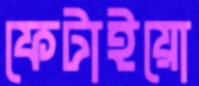
ফেটাইয়ো